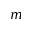
m